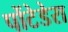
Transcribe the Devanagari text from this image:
पोंटेडेरा